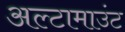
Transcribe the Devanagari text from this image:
अल्टामाउंट